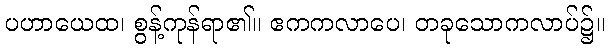
ပဟာယေထ၊ စွန့်ကုန်ရာ၏။ ဧကကလာပေ၊ တခုသောကလာပ်၌။